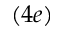
( 4 e )